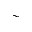
\sim